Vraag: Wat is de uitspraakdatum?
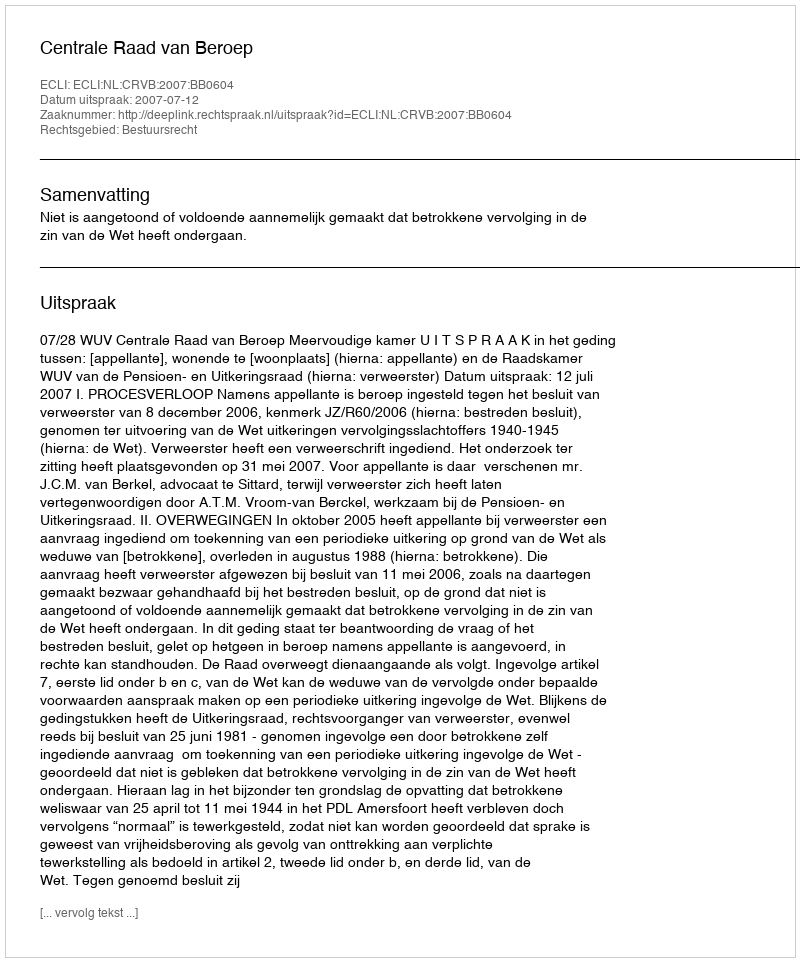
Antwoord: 2007-07-12